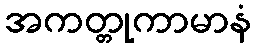
အကတ္တုကာမာနံ